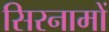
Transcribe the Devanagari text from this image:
सिरनामों